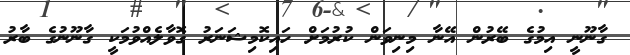
ގާނޫނީ އިމުގެ ބޭރުން އޭނާ މިނިވަން ކުރުމަށް ހައިކޮމިޝަނަރު ގޮވާލެއްވުމަކީ ގާނޫނުގެ ބާރު